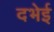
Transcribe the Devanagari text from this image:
दभेई